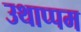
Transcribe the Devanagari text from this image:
उथाप्पम